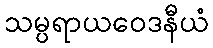
သမ္ပရာယဝေဒနီယံ